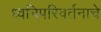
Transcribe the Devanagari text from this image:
ध्वनिपरिवर्तनाचे